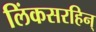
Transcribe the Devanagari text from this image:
लिंकसरहिन्